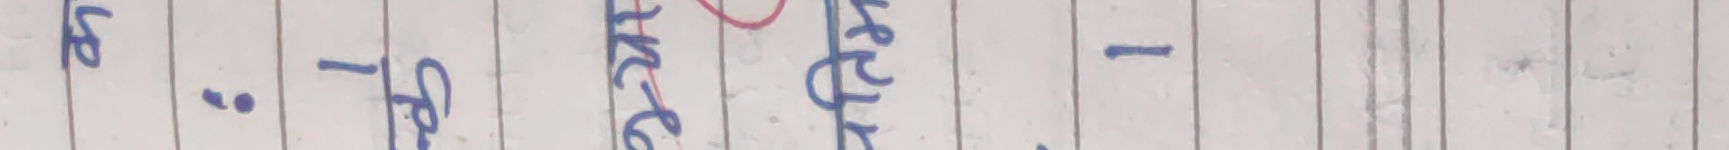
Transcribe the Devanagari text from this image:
बे . - के ० केटर